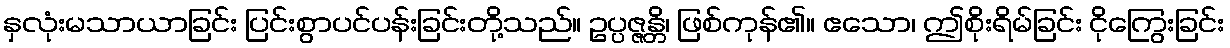
နှလုံးမသာယာခြင်း ပြင်းစွာပင်ပန်းခြင်းတို့သည်။ ဥပ္ပဇ္ဇန္တိ၊ ဖြစ်ကုန်၏။ ဧသော၊ ဤစိုးရိမ်ခြင်း ငိုကြွေးခြင်း